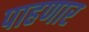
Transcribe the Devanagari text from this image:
पाहणार